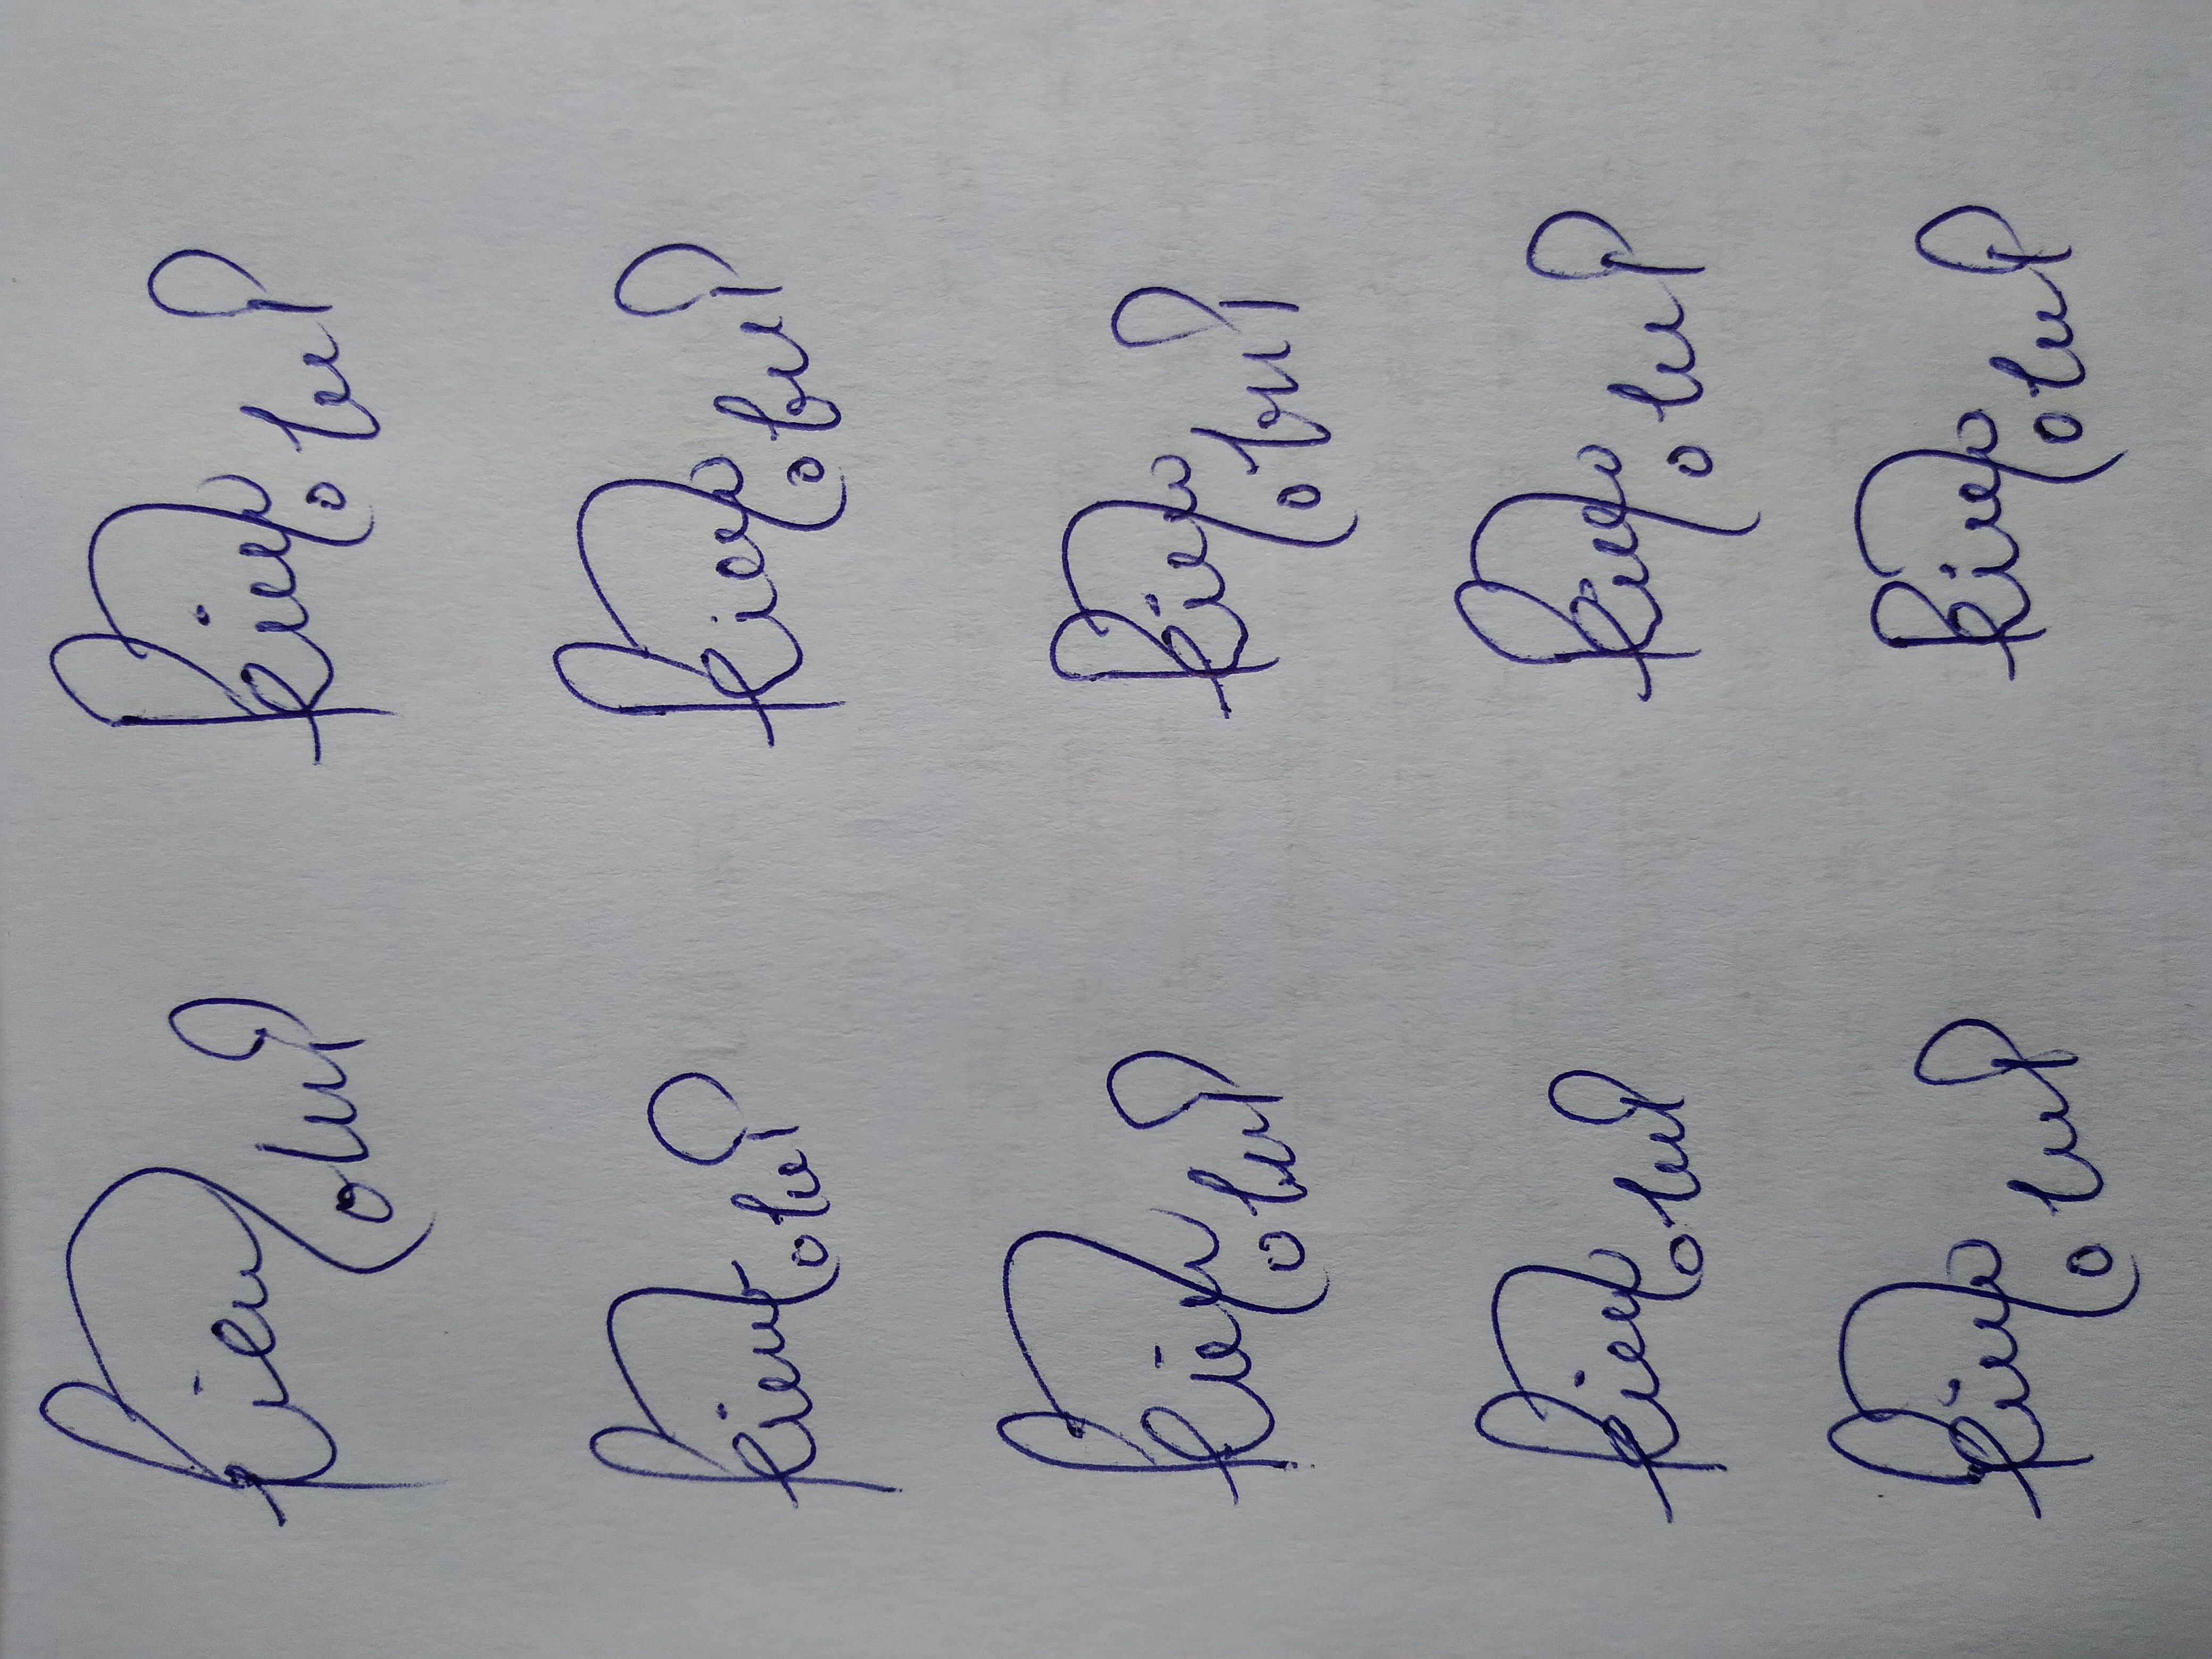
Signature authenticity: forged